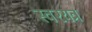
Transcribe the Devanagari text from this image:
स्वरयत्र